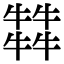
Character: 𤛭